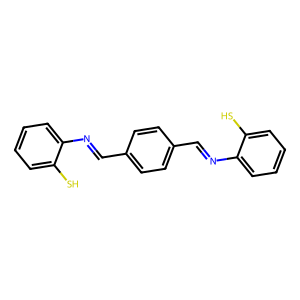
SMILES: Sc1ccccc1N=Cc1ccc(C=Nc2ccccc2S)cc1
Inhibits HIV replication: No